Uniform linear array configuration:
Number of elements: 12
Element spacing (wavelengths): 0.5
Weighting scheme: cosine
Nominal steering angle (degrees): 0
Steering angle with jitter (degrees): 1.979
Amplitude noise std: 0.05
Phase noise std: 0.05

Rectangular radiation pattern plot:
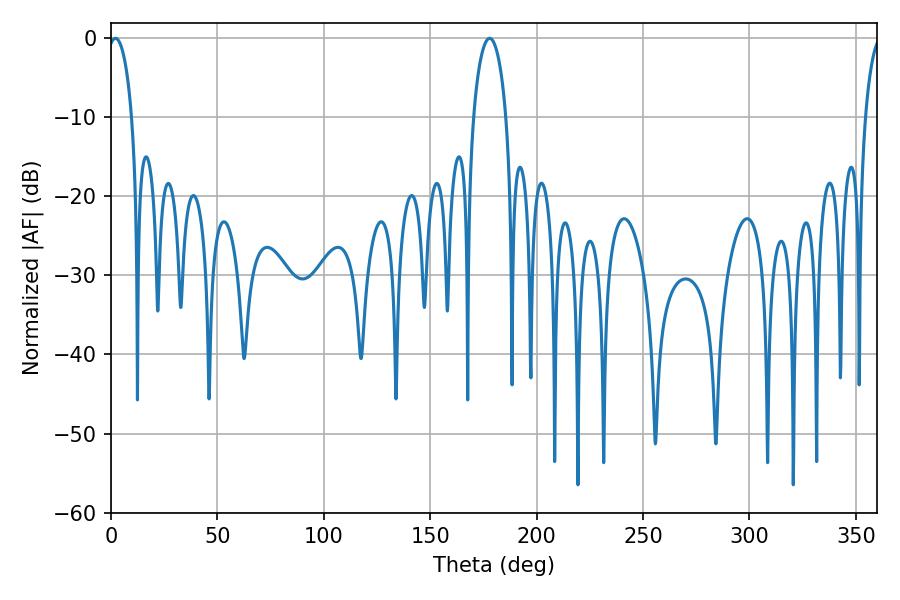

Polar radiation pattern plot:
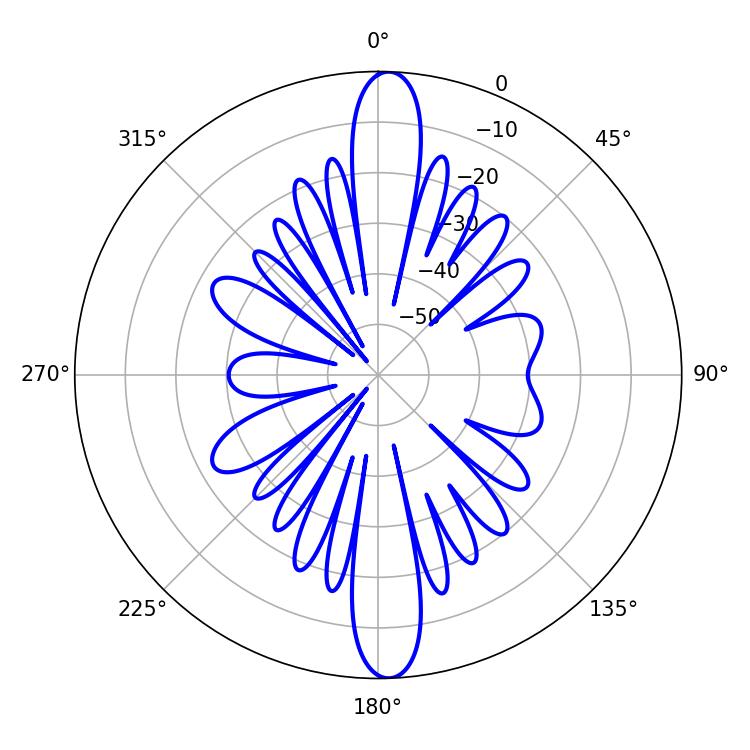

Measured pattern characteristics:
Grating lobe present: FALSE
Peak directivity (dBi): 21.714
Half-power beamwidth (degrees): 6.48
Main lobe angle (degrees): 2.16